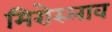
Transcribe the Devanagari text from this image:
मिरोस्लाव